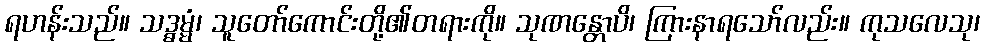
ရဟန်းသည်။ သဒ္ဓမ္မံ၊ သူတော်ကောင်းတို့၏တရားကို။ သုဏန္တောပိ၊ ကြားနာရသော်လည်း။ ကုသလေသု၊